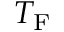
T _ { \mathrm { { F } } }